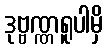
ဒုဗ္ဗဏ္ဏရူပါမှိ